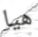
هيا